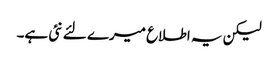
لیکن یہ اطلاع میرے لئے نئی ہے۔